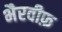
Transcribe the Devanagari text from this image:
भैरवीफ़